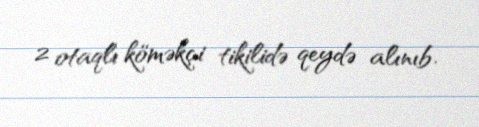
2 otaqlı köməkçi tikilidə qeydə alınıb.